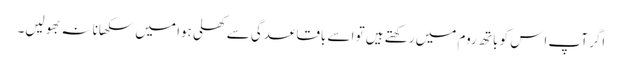
اگر آپ اِس کو باتھ روم میں رکھتے ہیں تو اسے باقاعدگی سے کھلی ہوا میں سکھانا نہ بھولیں۔